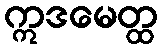
ဣဒမေတ္ထ